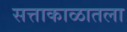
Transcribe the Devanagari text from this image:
सत्ताकाळातला